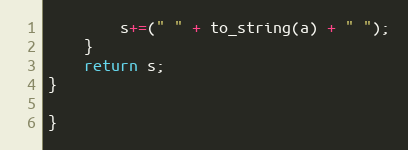
Language: C++
        s+=(" " + to_string(a) + " ");
    }
    return s;
}

}